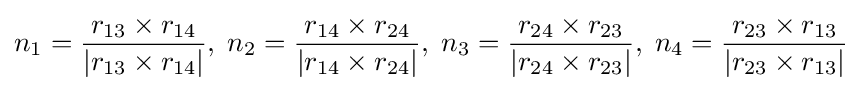
n_{1}={\frac {r_{13}\times r_{14}}{\left|r_{13}\times r_{14}\right|}},\;n_{2}={\frac {r_{14}\times r_{24}}{\left|r_{14}\times r_{24}\right|}},\;n_{3}={\frac {r_{24}\times r_{23}}{\left|r_{24}\times r_{23}\right|}},\;n_{4}={\frac {r_{23}\times r_{13}}{\left|r_{23}\times r_{13}\right|}}